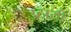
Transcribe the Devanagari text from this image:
उठायीं